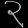
Digit: ၃